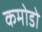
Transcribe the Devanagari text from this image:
कमोडो